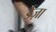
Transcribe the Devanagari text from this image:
ईज़ा